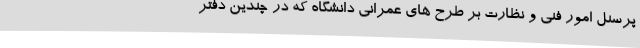
پرسنل امور فنی و نظارت بر طرح های عمرانی دانشگاه که در چندین دفتر